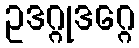
ဥဒဂ္ဂုဒဂ္ဂေ